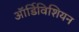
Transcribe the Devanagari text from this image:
ऑर्डिविशियन